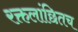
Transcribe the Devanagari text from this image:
रक्तलांछितच